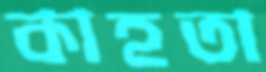
কাহতা